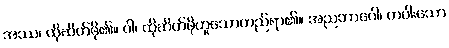
အဿ၊ ထိုဆိတ်ဖို၏။ ဝါ၊ ထိုဆိတ်ဖိုဟူသောတည်ရာ၏။ အညဘာဂေါ၊ တပါးသော